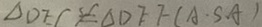
\Delta D E C \cong \Delta D E F ( A \cdot S A )